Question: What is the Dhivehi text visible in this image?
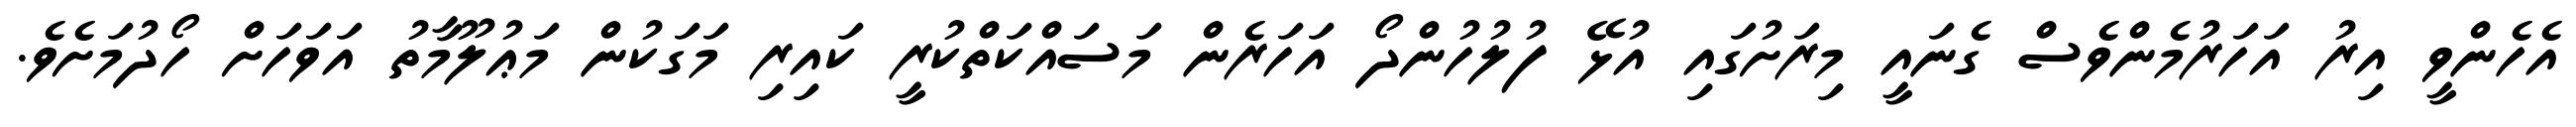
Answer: އެހެންވީ އިރު އަހަރުމެންވެސް ގެނައީ މިރަށުގައި އުޅޭ ފުލުހުންދޯ އަހަރެން މަސައްކަތްކުރީ ކައިރި މަގަކުން މަޢުލޫމާތު އަވަހަށް ހޯދުމަށެވެ.